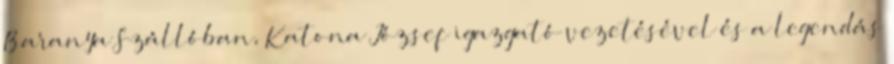
Baranya Szállóban, Katona József igazgató vezetésével és a legendás